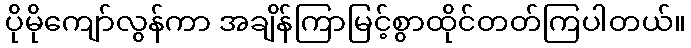
ပိုမိုကျော်လွန်ကာ အချိန်ကြာမြင့်စွာထိုင်တတ်ကြပါတယ်။